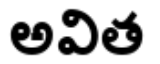
అవిత